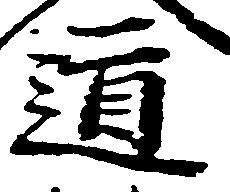
道